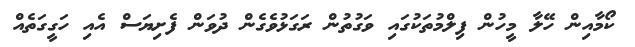
ކޯމާއިން ހޭލާ މީހުން ފިލްމުތަކުގައި ވަގުތުން ރަގަޅުވެގެން ދުވަން ފެށިޔަސް އެއި ހަގީގަތެއް